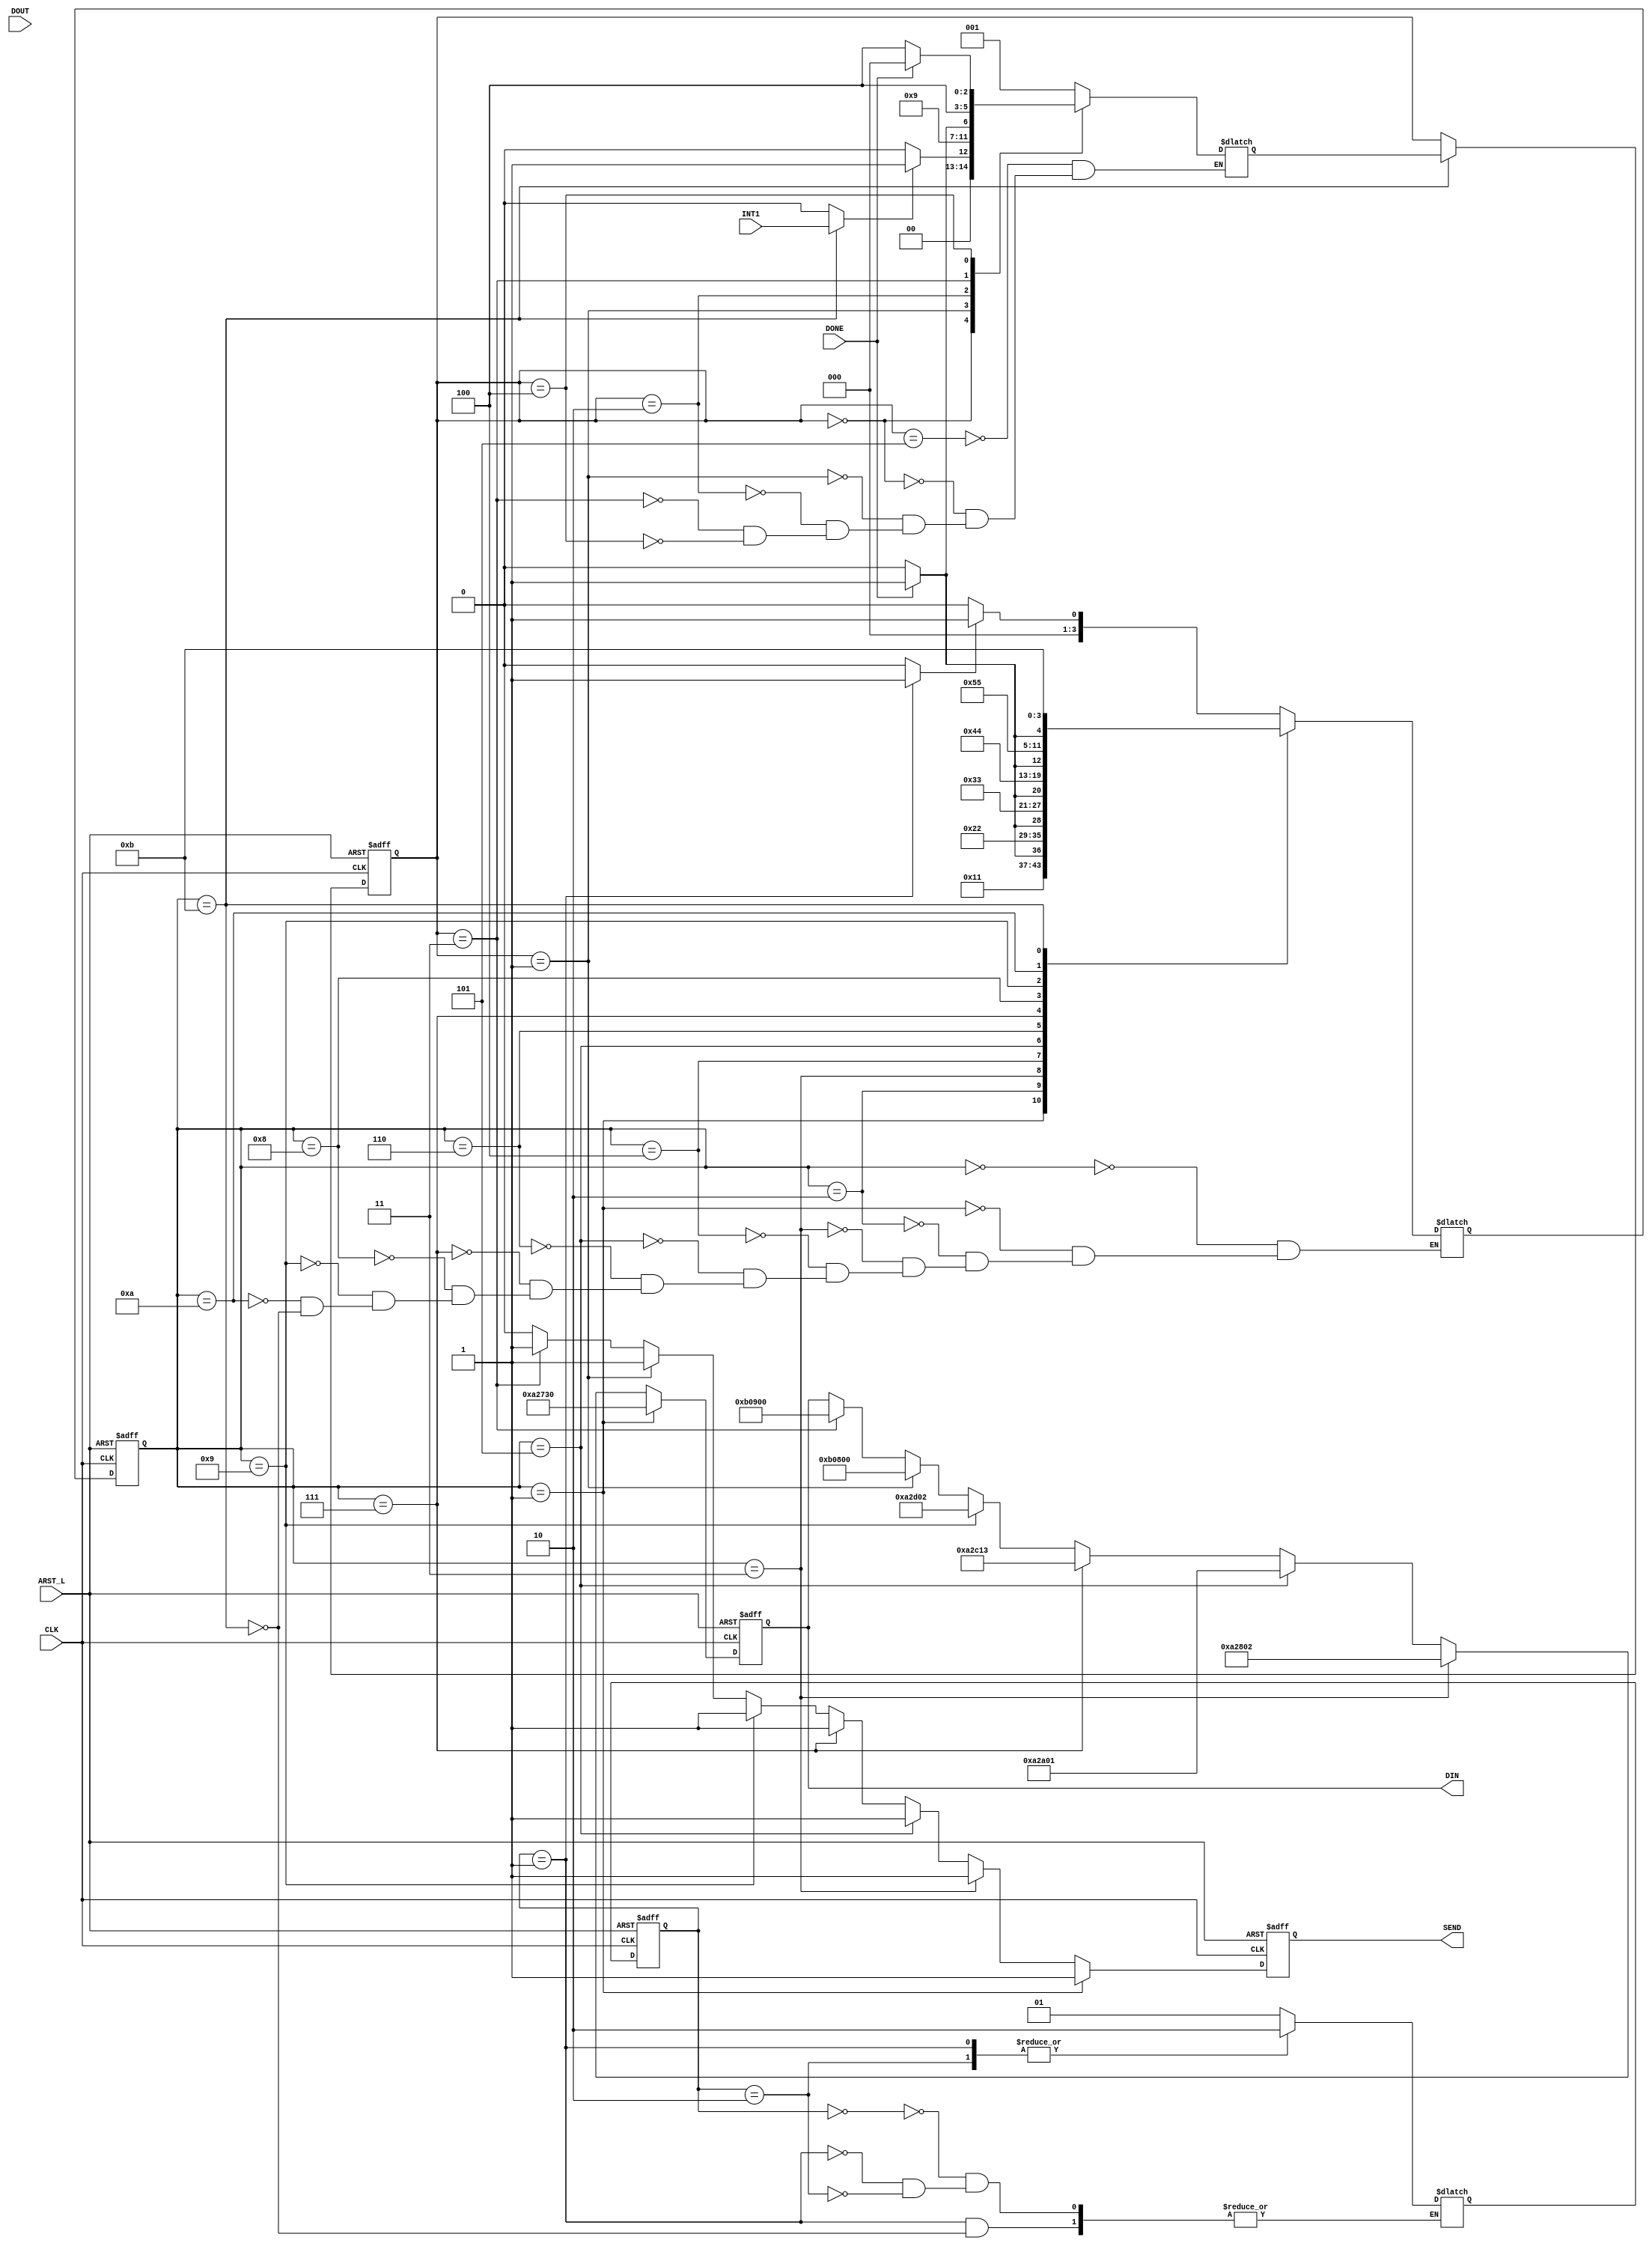
module SPIControl(CLK, ARST_L, INT1, DIN, DOUT, SEND, DONE);
input CLK, ARST_L, DONE, INT1;
input [23:0] DOUT;
output [23:0] DIN;
output SEND;
//input [7:0] XDATA_MISO;
//input [7:0] YDATA_MISO;
//wire [7:0] XDATA_MISO;
//wire [7:0] YDATA_MISO;

reg SEND;
reg [23:0] DIN;
reg StateSel;
wire config_roll;
wire config_EN;
wire int_i;
assign int_i = (ConfigReg == DONE6) ? INT1 : 1'b0;

//SYSTEM CONTROL STATE MACHINE
//STATES AS PARAMETERS
parameter [1:0] IDLE_SYS = 2'b00;
parameter [1:0] CONFIG = 2'b01;
parameter [1:0] RUN = 2'b10;

//Present State and Next State
reg [1:0] SysReg;
reg [1:0] SysNext;
//STATE MEMORY//
always@(posedge CLK or negedge ARST_L)
    begin
        if (~ARST_L)
            SysReg <= IDLE_SYS;
        else    
            SysReg <= SysNext;
    end
//NEXT STATE LOGIC//
always@(SysReg or ConfigReg)
begin
case(SysReg)
IDLE_SYS:
    SysNext <= CONFIG;
CONFIG:
if (ConfigReg == DONE6)
    SysNext <= RUN;
RUN:
    SysNext <= RUN;    
endcase
end




//CONFIGURE STATE MACHINE//
//STATE MACHINE NAMES AS PARAMETER//
parameter [3:0] IDLE_CONFIG = 4'b0000;
parameter [3:0] LOAD1 = 1;
parameter [3:0] WRITE1 = 2;
parameter [3:0] LOAD2 = 3;
parameter [3:0] WRITE2 = 4;
parameter [3:0] LOAD3 = 5;
parameter [3:0] WRITE3 = 6;
parameter [3:0] LOAD4 = 7;
parameter [3:0] WRITE4 = 8;
parameter [3:0] LOAD5 =9;
parameter [3:0] WRITE5 = 10;
parameter [3:0] DONE6 = 11;


//PRESENT STATE AND NEXT STATE//
reg [3:0] ConfigReg;
reg [3:0] ConfigNext;

//TRANSITIONS FOR CONFIG
//assign config_trans = (((ConfigReg == IDLE_CONFIG) ||  config_roll)) ? 1'b1:1'b0;
assign config_EN = (SysReg == CONFIG) ? 1'b1 : 1'b0;

//STATE MEMORY//
always@(posedge CLK or negedge ARST_L)
    begin
        if (~ARST_L)
            ConfigReg <= IDLE_CONFIG;
        else 
            ConfigReg <= ConfigNext;
    end
//NEXT STATE LOGIC//
always@(ConfigReg or config_EN or DONE)
begin   
    case(ConfigReg)
    (IDLE_CONFIG):
    if (config_EN == 1'b1)
        ConfigNext <= LOAD1;//ONE CLOCK EDGE
    else
        ConfigNext <= IDLE_CONFIG;
        
    (LOAD1):       
        ConfigNext <= WRITE1;
        
    (WRITE1):
        if (DONE == 1'b1)
            ConfigNext <= LOAD2;
        else 
            ConfigNext <= WRITE1;
            
    (LOAD2):
        ConfigNext <= WRITE2;
        
    (WRITE2):
        if (DONE == 1'b1)
            ConfigNext <= LOAD3;
        else
            ConfigNext <= WRITE2;
            
    (LOAD3):
        ConfigNext <= WRITE3;

    (WRITE3):
        if (DONE == 1'b1)
            ConfigNext <= LOAD4;
        else ConfigNext <= WRITE3;
        
    (LOAD4): 
        ConfigNext<= WRITE4;

    (WRITE4):
        if (DONE == 1'b1)
            ConfigNext <= LOAD5;
        else ConfigNext <= WRITE4;
        
    (LOAD5):
        ConfigNext <= WRITE5;

    (WRITE5):
        if (DONE == 1'b1)
            ConfigNext <= DONE6;
        else
            ConfigNext <= WRITE5;
   (DONE6):
   begin
            ConfigNext <= DONE6;
            StateSel <= 1'b1;
   end
endcase
end
//CONFIG OUTPUT LOGIC//


//DIN AND SEND
always@(posedge CLK or negedge ARST_L)
if (~ARST_L)
begin
    DIN <= 24'h000000;
    SEND <= 1'b0;
end
else if (ConfigReg == LOAD1)
begin
    DIN <= 24'h0A2730;
    SEND <= 1'b1;
end
    
else if (ConfigReg == LOAD2)
begin
    DIN <= 24'h0A2802;
    SEND <= 1'b1;
end

else if (ConfigReg == LOAD3)
begin
    DIN <= 24'h0A2A01;
    SEND <= 1'b1;  
end

else if (ConfigReg == LOAD4)
begin
    DIN <= 24'h0A2C13;
    SEND <= 1'b1;
end

else if (ConfigReg == LOAD5)
begin
    DIN <= 24'h0A2D02;
    SEND <= 1'b1;
end

//else if (ConfigReg == DONE6)
//    StateSel <= 1'b1;

else if (RunReg == LOADX)
begin
    DIN <= 24'h0B0800;
    SEND <= 1'b1;
end

else if (RunReg == LOADY)
begin 
    DIN <= 24'h0B0900;
    SEND <= 1'b1;
end

else
begin
    SEND <= 1'b0;
    StateSel <= 1'b0;
end
    




//RUN STATE MACHINE//

//reg [4:0] count_RUN;

//assign roll_RUN = (count_RUN == 23) ? 1'b1 : 1'b0;
//always@(posedge CLK or negedge ARST_L)
//begin
//    if (~ARST_L)
//        count_RUN <= 5'b00000;
//    else if (roll_RUN == 1'b1)
//        count_RUN <= 5'b00000;
//    else if ((RunReg == READX) || (RunReg == READY))
//        count_RUN <= count_RUN +1;
//    else
//        count_RUN <= 5'b00000;
//end

//STATE MACHINE NAMES AS PARAMETERS//
parameter [2:0] IDLE_RUN = 3'b000;
parameter [2:0] LOADX = 3'b001;
parameter [2:0] READX = 3'b010;
parameter [2:0] LOADY = 3'b011;
parameter [2:0] READY = 3'b100;
parameter [2:0] RESET = 3'b101;

//PRESENT STATE AND NEXT STATE//
reg [2:0] RunReg;
reg [2:0] RunNext;

//RUN STATE MEMORY//
always@(posedge CLK or negedge ARST_L)
begin
    if (~ARST_L)
        RunReg <= RESET;
    else if (ConfigReg == DONE6)   
        RunReg <= RunNext;
    else;
end

//RUN NEXT STATE LOGIC//
always@(RunReg or DONE or int_i)
begin
case(RunReg)
RESET:
    RunNext <= LOADX;
IDLE_RUN:
    if (int_i == 1'b1) 
        RunNext <= LOADX;
    else
        RunNext <= IDLE_RUN;
LOADX:
        RunNext <= READX;
   
READX:
    if (DONE == 1'b1)
        RunNext <= LOADY;
    else
        RunNext <= READX;
LOADY:
   
        RunNext <= READY;
    
READY:
    if (DONE == 1'b1)
        RunNext <= IDLE_RUN;
    else
        RunNext <= READY;
endcase
end


endmodule